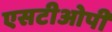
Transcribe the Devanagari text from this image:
एसटीओपी